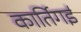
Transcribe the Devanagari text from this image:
कार्तिगई